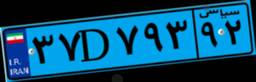
۳۷D۷۹۳۹۲